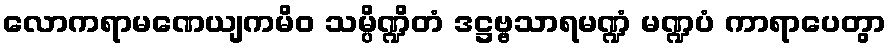
လောကရာမဏေယျကမိဝ သမ္ပိဏ္ဍိတံ ဒဋ္ဌဗ္ဗသာရမဏ္ဍံ မဏ္ဍပံ ကာရာပေတွာ